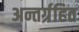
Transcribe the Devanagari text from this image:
अन्तर्ग्रहित